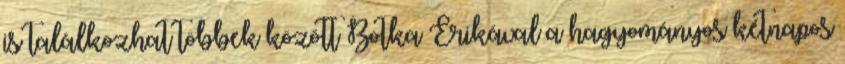
is találkozhat többek között Botka Erikával a hagyományos kétnapos